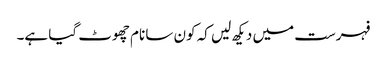
فہرست میں دیکھ لیں کہ کون سا نام چھوٹ گیا ہے۔